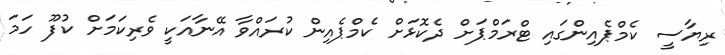
ރިޔާސީ ކެމްޕެއިންގައި ޓްރަމްޕަށް ދެކޮޅަށް ކެމްޕެއިން ކުރައްވާ އޭނާއަކީ ވެރިކަމަށް ކުފޫ ހަމަ